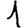
Digit: 1